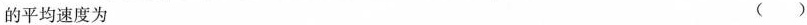
的平均速度为 ()